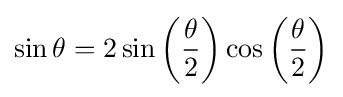
\sin \theta =2\sin \left({\frac {\theta }{2}}\right)\cos \left({\frac {\theta }{2}}\right)